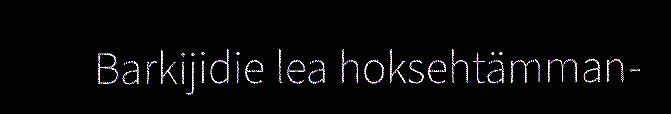
Barkijidie lea hoksehtämman-